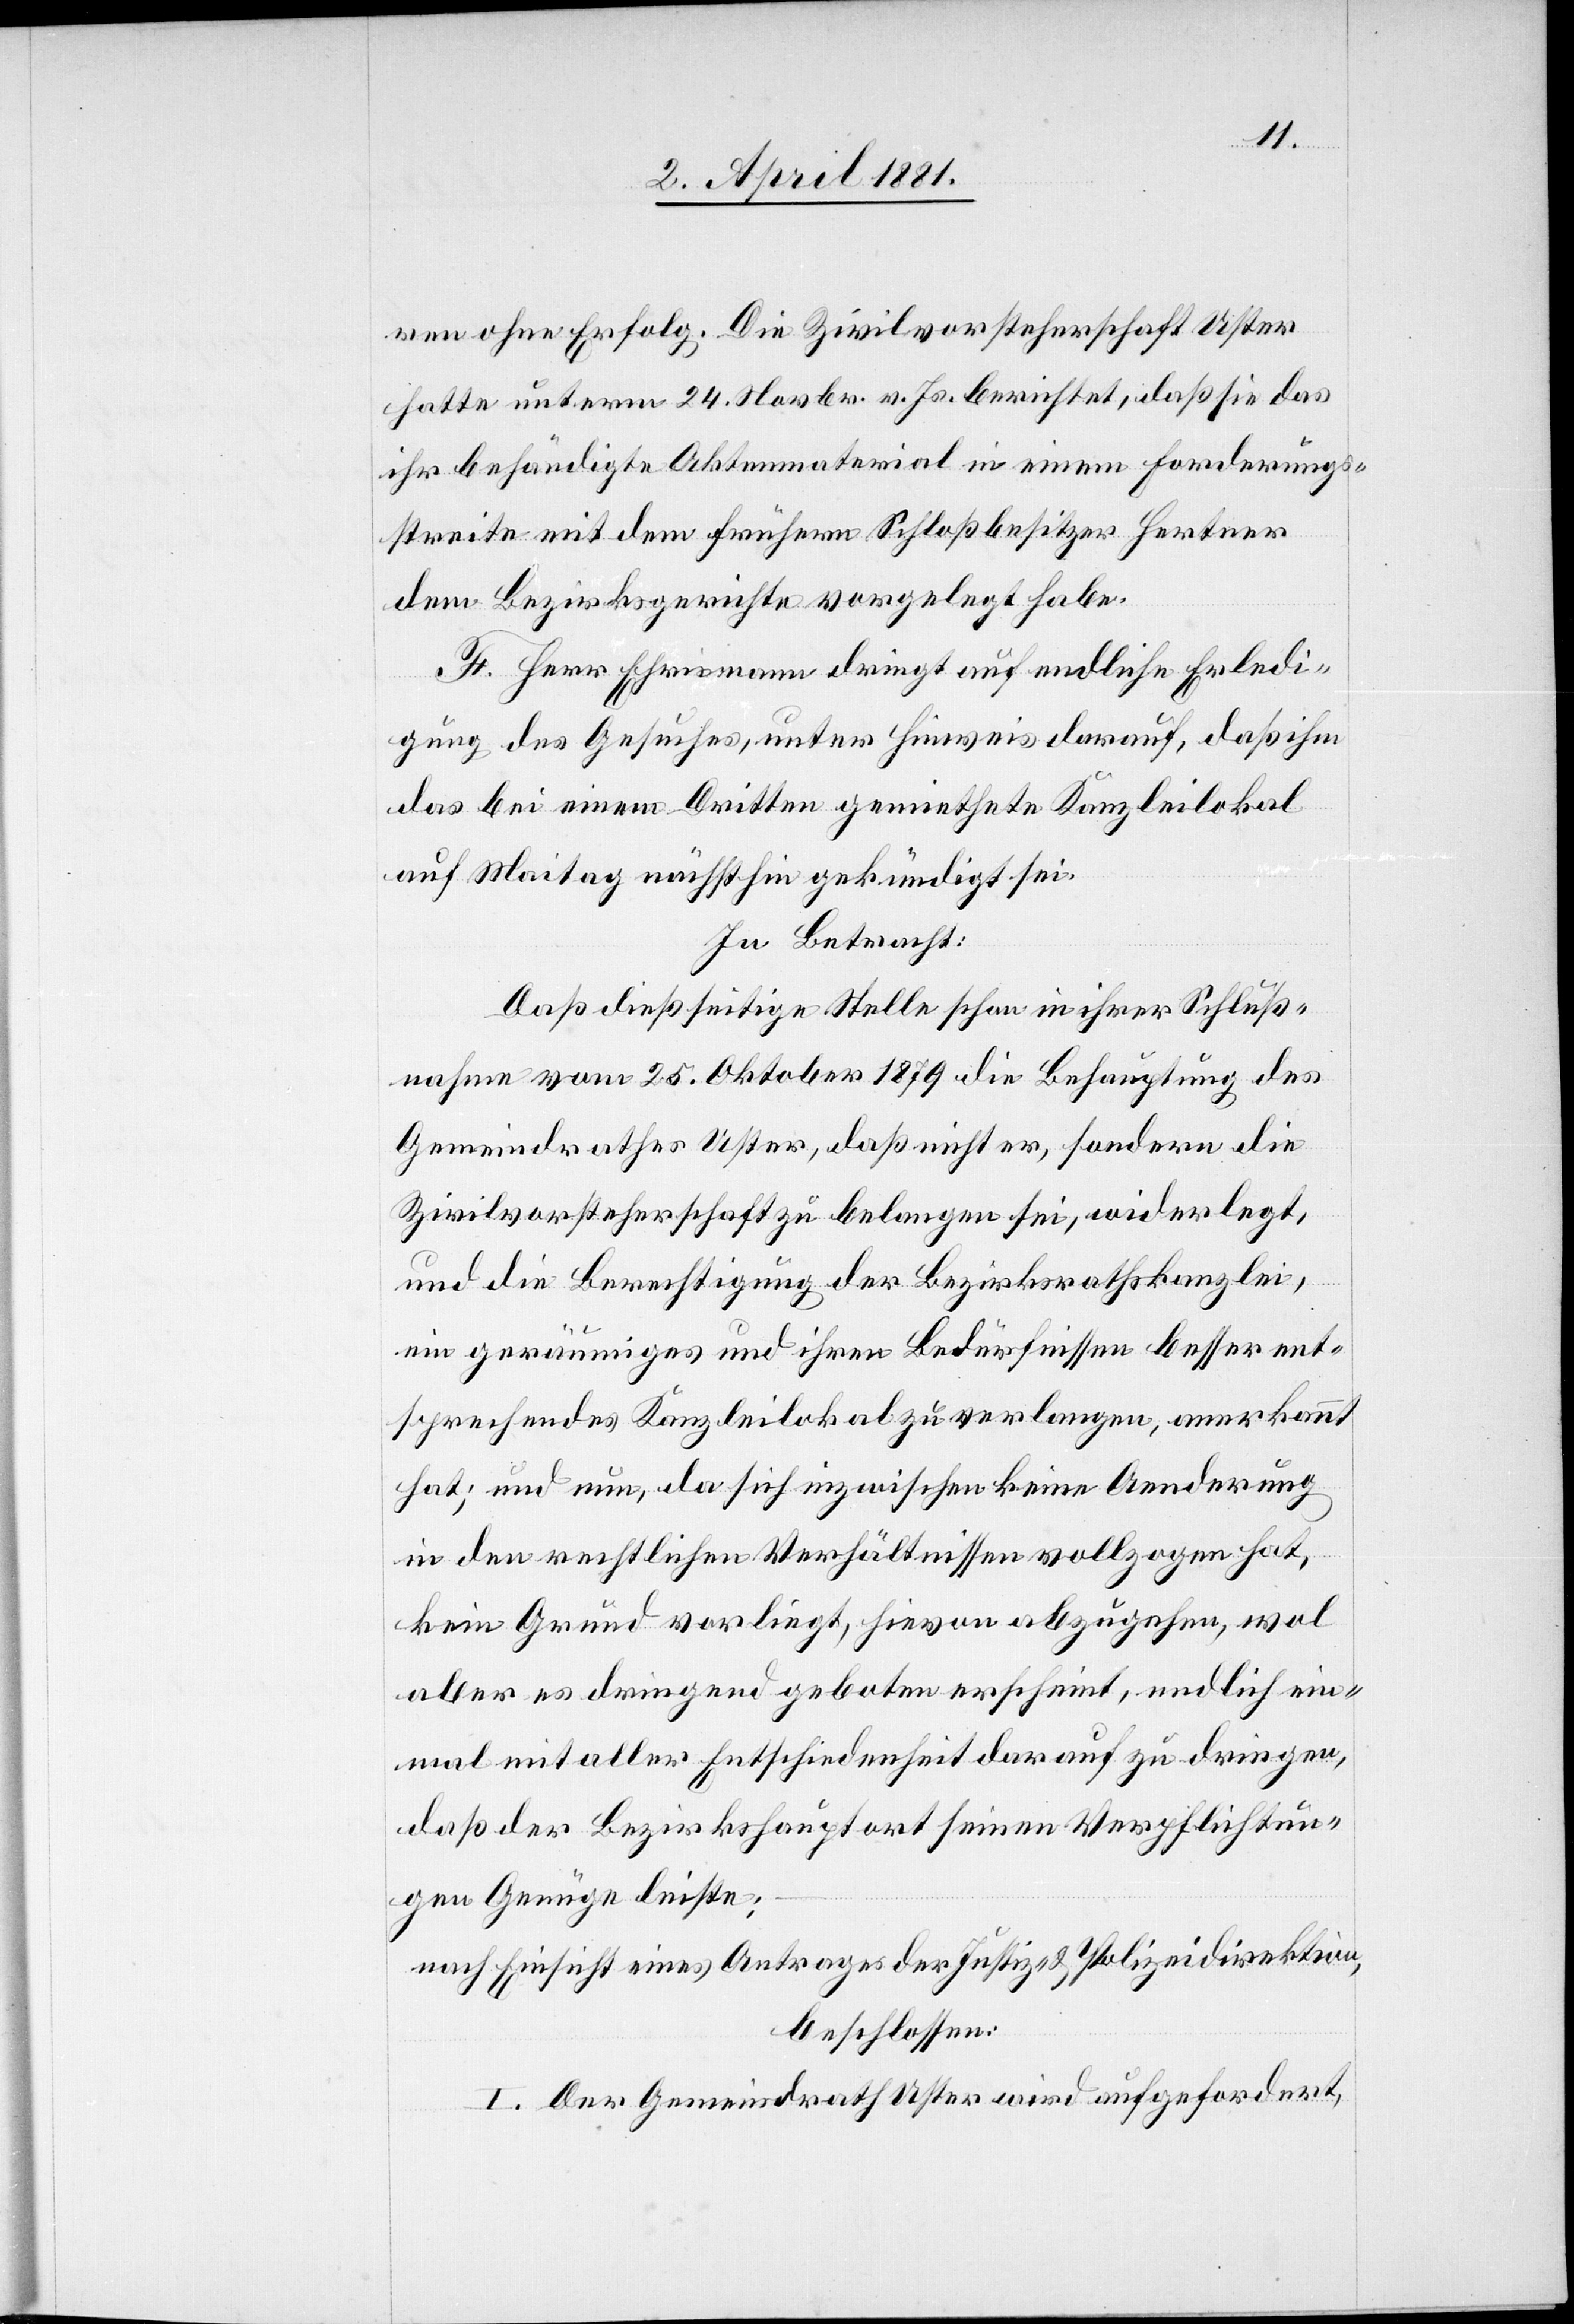
ren ohne Erfolg. Die Zivilvorsteherschaft Uster
hatte unterm 24. Novbr. v. Js berichtet, daß sie das
ihr behändigte Aktenmaterial in einem Forderungs¬
streite mit dem frühern Schloßbesitzer Hertner
dem Bezirksgerichte vorgelegt habe.
F. Herr Ehrismann dringt auf endliche Erledi¬
gung des Gesuches, unter Hinweis darauf, daß ihm
das bei einem Dritten gemiethete Kanzleilokal
auf Maitag nächsthin gekündigt sei.
In Betracht:
Daß dießseitige Stelle schon in ihrer Schluß¬
nahme vom 25. Oktober 1879 die Behauptung des
Gemeindrathes Uster, daß nicht er, sondern die
Zivilvorsteherschaft zu belangen sei, widerlegt,
und die Berechtigung der Bezirksrathskanzlei,
ein geräumiges und ihren Bedürfnissen besser ent¬
sprechendes Kanzleilokal zu verlangen, anerkannt
hat; und nun, da sich inzwischen keine Aenderung
in den rechtlichen Verhältnissen vollzogen hat,
kein Grund vorliegt, hievon abzugehen, wol
aber es dringend geboten erscheint, endlich ein¬
mal mit aller Entschiedenheit darauf zu dringen,
daß der Bezirkshauptort seinen Verpflichtun¬
gen Genüge leiste;
nach Einsicht eines Antrages der Justiz- & Polizeidirektion,
beschlossen:
I. Der Gemeindrath Uster wird aufgefordert,